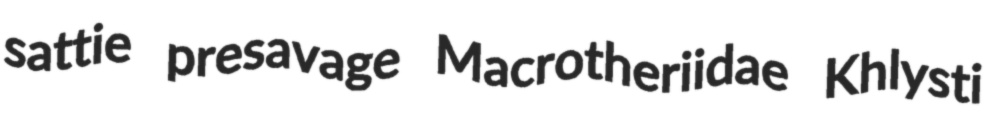
sattie presavage Macrotheriidae Khlysti